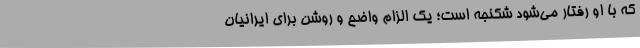
که با او رفتار می‌شود شکنجه است؛ یک الزام واضح و روشن برای ایرانیان